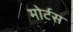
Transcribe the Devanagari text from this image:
मोर्टस